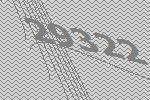
29322